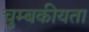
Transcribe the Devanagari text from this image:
चुम्बकीयता